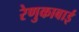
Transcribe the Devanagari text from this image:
रेणुकाबाई